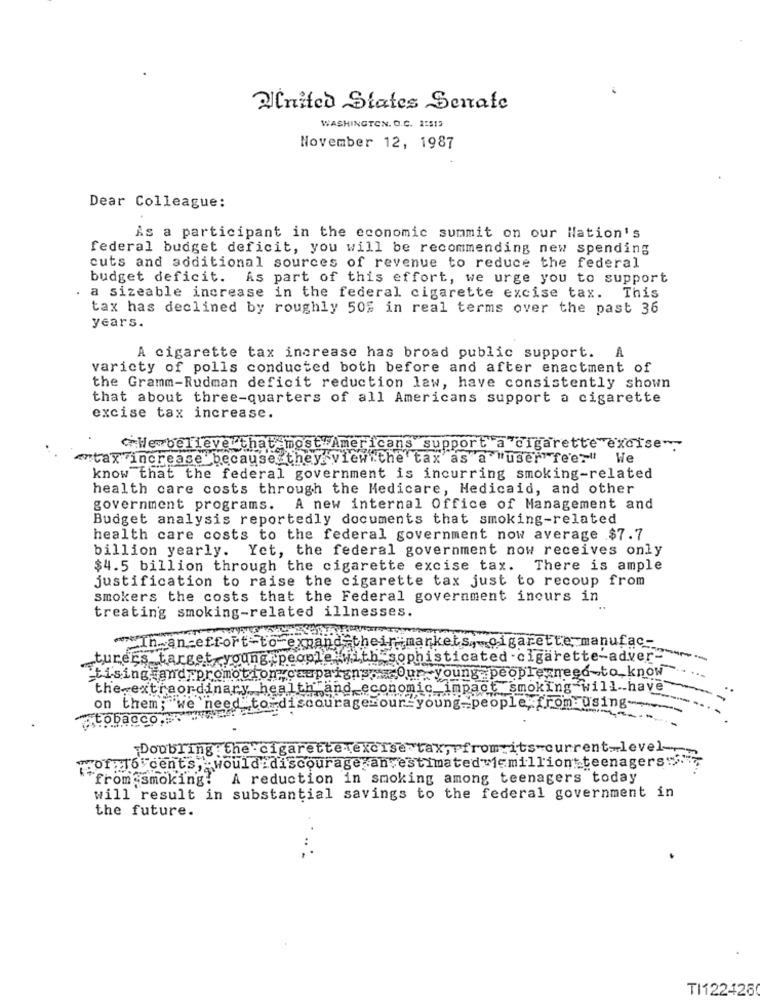
United States Senate
WASHINGTON. O.C. 2:515
November 12, 1987
Dear Colleague:
As a participant in the economic summit on our Nation's
federal budget deficit, you will be recommending new spending
cuts and soditional sources of revenue to reduce the federal
budget deficit. As part of this effort, we urge you to support
a sizeable increase in the federal cigarette excise tax. This
tax has declined by roughly 50% in real terms over the past 36
years.
A cigarette tax increase has broad public support. A
varicty of polls conducted both before and after enactment of
the Gramm-Rudman deficit reduction law, have consistently shown
that about three-quarters of all Americans support a cigarette
excise tax increase.
Werbelieve that most Americans support a cigarette excise
"tax increase because they view the tax as a "user feer"
We
know that the federal government is incurring smoking-related
health care costs through the Medicare, Medicaid, and other
government programs. A new internal Office of Management and
Budget analysis reportedly documents that smoking-related
health care costs to the federal government now average $7.7
billion yearly. Yet, the federal government now receives only
$4.5 billion through the cigarette excise tax. There is ample
justification to raise the cigarette tax just to recoup from
smokers the costs that the Federal government inours in
treating smoking-related illnesses.
Th. an -effort to expand their markets, cigarette manufac-
turers target young people with sophisticated -cigarette-adver-
-
tising and promotion campaigns. Our young people need to know
the extraordinary health and economic impact smoking will have
on them; we need to discourage our young people from using-
-
atobacco
Doubling: the cigarette excise tax, from its current_level-
woof Tocents, would discourage an estimated 1 million teenagers:>."
from smoking! A reduction in smoking among teenagers today
will result in substantial savings to the federal government in
the future.
TI1224260